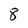
Character: 8